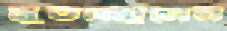
মুতচ্ছিলেন